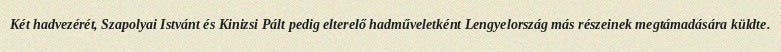
Két hadvezérét, Szapolyai Istvánt és Kinizsi Pált pedig elterelő hadműveletként Lengyelország más részeinek megtámadására küldte.